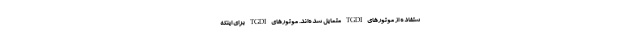
ستفاده از موتورهای TGDI متمایل شده‌اند. موتورهای TGDI برای اینکه